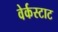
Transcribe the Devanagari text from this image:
वेर्कस्टाट